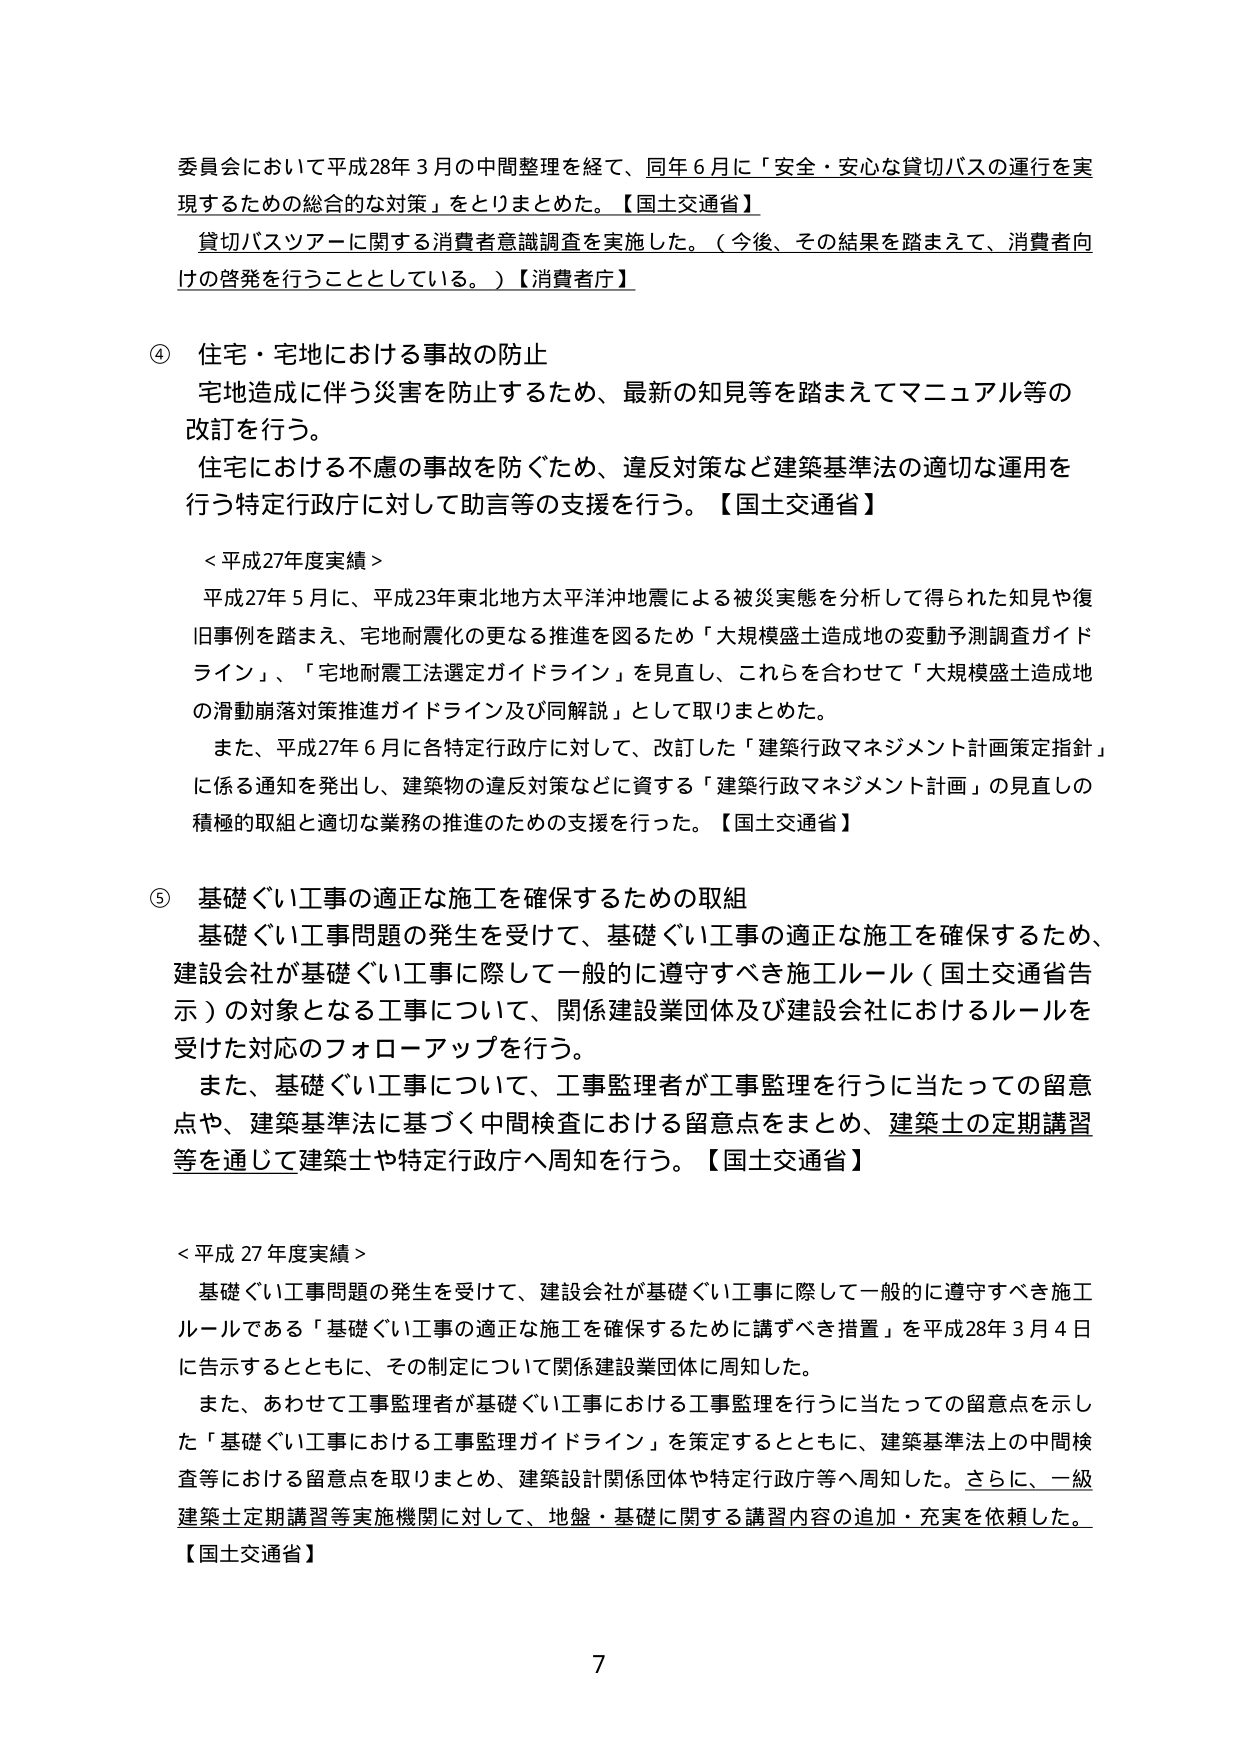
委員会において平成28年3月の中間整理を経て、同年6月に「安全・安心な貸切バスの運行を実現するための総合的な対策」をとりまとめた。【国土交通省】
貸切バスツアーに関する消費者意識調査を実施した。（今後、その結果を踏まえて、消費者向けの啓発を行うこととしている。）【消費者庁】

④ 住宅・宅地における事故の防止
宅地造成に伴う災害を防止するため、最新の知見等を踏まえてマニュアル等の改訂を行う。
住宅における不慮の事故を防ぐため、違反対策など建築基準法の適切な運用を行う特定行政庁に対して助言等の支援を行う。【国土交通省】

＜平成27年度実績＞
平成27年5月に、平成23年東北地方太平洋沖地震による被災実態を分析して得られた知見や復旧事例を踏まえ、宅地耐震化の更なる推進を図るため「大規模盛土造成地の変動予測調査ガイドライン」、「宅地耐震工法選定ガイドライン」を見直し、これらを合わせて「大規模盛土造成地の滑動崩落対策推進ガイドライン及び同解説」として取りまとめた。
また、平成27年6月に各特定行政庁に対して、改訂した「建築行政マネジメント計画策定指針」に係る通知を発出し、建築物の違反対策などに資する「建築行政マネジメント計画」の見直しの積極的取組と適切な業務の推進のための支援を行った。【国土交通省】

⑤ 基礎ぐい工事の適正な施工を確保するための取組
基礎ぐい工事問題の発生を受けて、基礎ぐい工事の適正な施工を確保するため、建設会社が基礎ぐい工事に際して一般的に遵守すべき施工ルール（国土交通省告示）の対象となる工事について、関係建設業団体及び建設会社におけるルールを受けた対応のフォローアップを行う。
また、基礎ぐい工事について、工事監理者が工事監理を行うに当たっての留意点や、建築基準法に基づく中間検査における留意点をまとめ、建築士の定期講習等を通じて建築士や特定行政庁へ周知を行う。【国土交通省】

＜平成27年度実績＞
基礎ぐい工事問題の発生を受けて、建設会社が基礎ぐい工事に際して一般的に遵守すべき施工ルールである「基礎ぐい工事の適正な施工を確保するために講ずべき措置」を平成28年3月4日に告示するとともに、その制定について関係建設業団体に周知した。
また、あわせて工事監理者が基礎ぐい工事における工事監理を行うに当たっての留意点を示した「基礎ぐい工事における工事監理ガイドライン」を策定するとともに、建築基準法上の中間検査等における留意点を取りまとめ、建築設計関係団体や特定行政庁等へ周知した。さらに、一級建築士定期講習等実施機関に対して、地盤・基礎に関する講習内容の追加・充実を依頼した。【国土交通省】

7